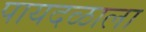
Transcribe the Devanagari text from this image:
पायदळाला